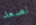
نصعد